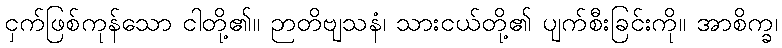
ငှက်ဖြစ်ကုန်သော ငါတို့၏။ ဉာတိဗျသနံ၊ သားငယ်တို့၏ ပျက်စီးခြင်းကို။ အာစိက္ခ၊